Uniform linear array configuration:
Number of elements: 16
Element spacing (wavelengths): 0.25
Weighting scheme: uniform
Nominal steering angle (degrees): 15
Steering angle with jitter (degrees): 14.257
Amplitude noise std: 0.05
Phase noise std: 0.05

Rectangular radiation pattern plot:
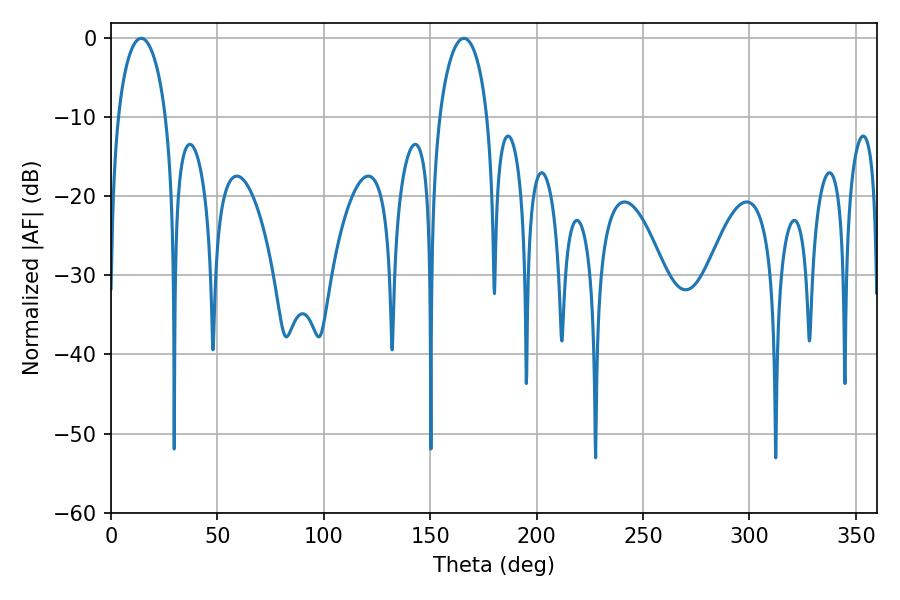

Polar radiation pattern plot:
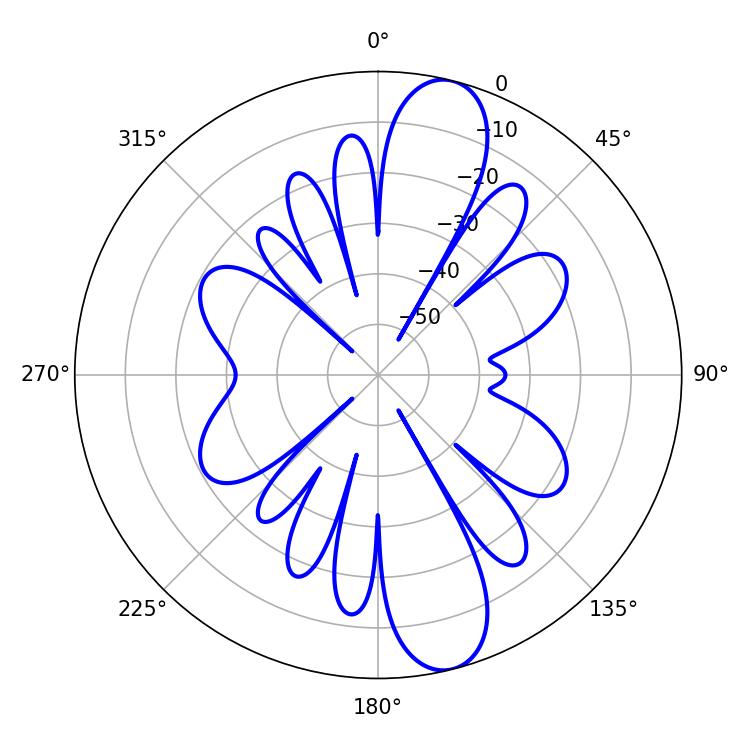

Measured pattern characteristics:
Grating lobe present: FALSE
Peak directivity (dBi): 12.124
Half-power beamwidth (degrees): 12.96
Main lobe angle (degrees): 165.78